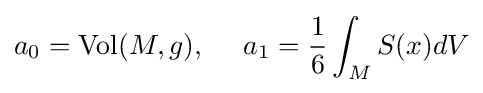
a_{0}=\operatorname {Vol} (M,g),\ \ \ \ a_{1}={\frac {1}{6}}\int _{M}S(x)dV